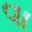
વા